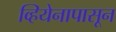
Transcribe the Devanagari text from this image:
व्हियेनापासून